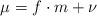
LaTeX: \begin{align*}\mu=f\cdot m+\nu\end{align*}